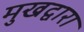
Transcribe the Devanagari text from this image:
मुखद्वारा